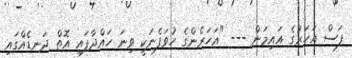
ފަސް އަހަރުގެ އައިމަން --- "އަހަރެންގެ ހުވަފެނަކީ ވިނަ ހައްދާފައި އޮތް ދަނޑެއްގައި